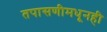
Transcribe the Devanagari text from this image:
तपासणीमधूनही